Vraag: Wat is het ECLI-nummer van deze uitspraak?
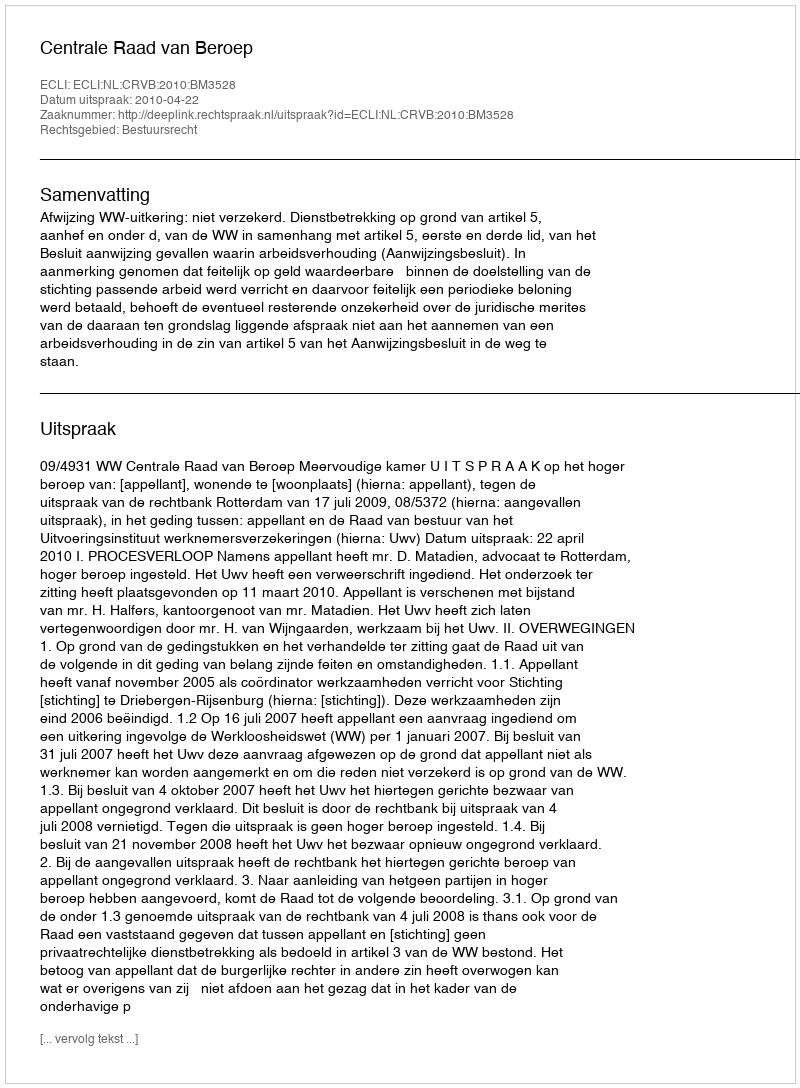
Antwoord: ECLI:NL:CRVB:2010:BM3528